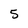
Character: 5